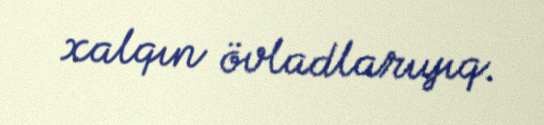
xalqın övladlarıyıq.